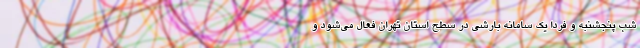
شب پنجشنبه و فردا یک سامانه بارشی در سطح استان تهران فعال می‌شود و